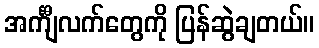
အင်္ကျီလက်တွေကို ပြန်ဆွဲချတယ်။